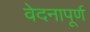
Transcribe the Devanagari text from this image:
वेदनापूर्ण